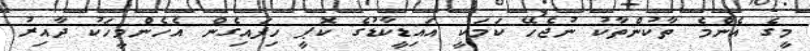
މީގެ އެންމެ ތާކުންތާކު ނުޖެހޭ ކަމަކީ އައިޑީކާޑުގެ ކޮޕީ ހިފައިގެން އެހެންމީހަކު ދާއިރު